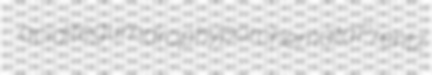
acidite gumdrop hyporchemata Frentz